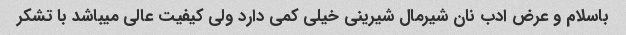
باسلام و عرض ادب نان شیرمال شیرینی خیلی کمی دارد ولی کیفیت عالی میباشد با تشکر